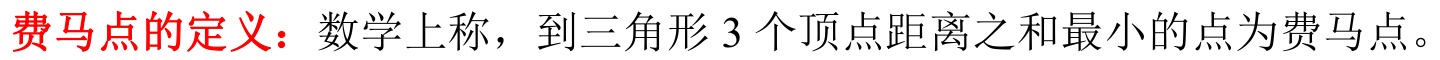
费马点的定义：数学上称，到三角形 3 个顶点距离之和最小的点为费马点。